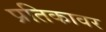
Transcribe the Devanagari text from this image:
प्रतिकावर